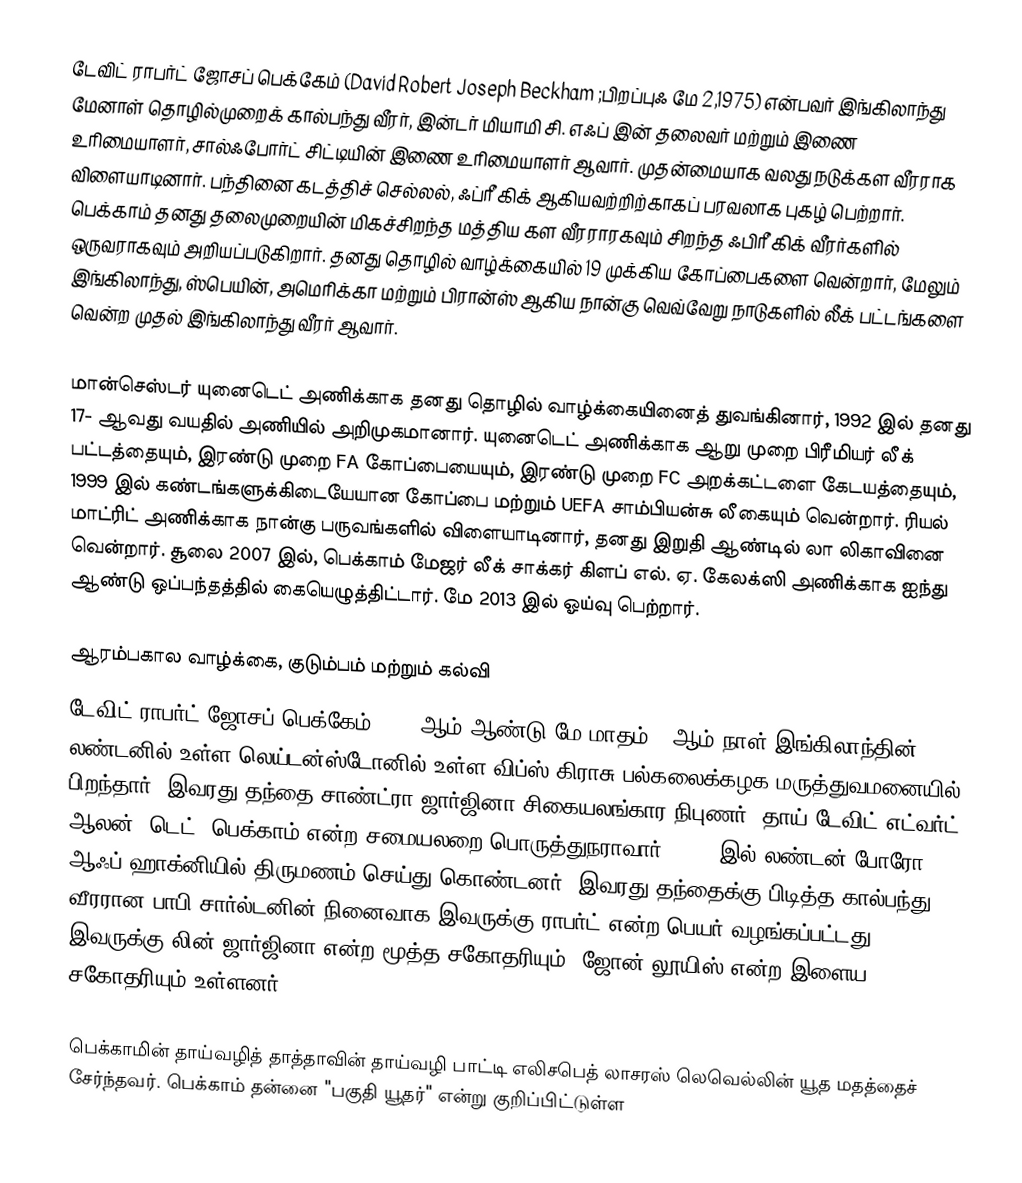
டேவிட் ராபர்ட் ஜோசப் பெக்கேம் (David Robert Joseph Beckham  ;பிறப்புஃ மே 2,1975) என்பவர் இங்கிலாந்து மேனாள் தொழில்முறைக் கால்பந்து வீரர், இன்டர் மியாமி சி. எஃப் இன் தலைவர் மற்றும் இணை உரிமையாளர், சால்ஃபோர்ட் சிட்டியின் இணை உரிமையாளர் ஆவார். முதன்மையாக வலது நடுக்கள வீரராக விளையாடினார். பந்தினை கடத்திச் செல்லல்,  ஃப்ரீ கிக்  ஆகியவற்றிற்காகப் பரவலாக புகழ் பெற்றார். பெக்காம் தனது தலைமுறையின் மிகச்சிறந்த மத்திய கள வீரராரகவும் சிறந்த ஃபிரீ கிக் வீரர்களில் ஒருவராகவும் அறியப்படுகிறார்.  தனது தொழில் வாழ்க்கையில் 19 முக்கிய கோப்பைகளை வென்றார், மேலும் இங்கிலாந்து, ஸ்பெயின், அமெரிக்கா மற்றும் பிரான்ஸ் ஆகிய நான்கு வெவ்வேறு நாடுகளில் லீக் பட்டங்களை வென்ற முதல் இங்கிலாந்து வீரர் ஆவார்.

மான்செஸ்டர் யுனைடெட் அணிக்காக தனது தொழில் வாழ்க்கையினைத் துவங்கினார், 1992 இல் தனது 17- ஆவது வயதில் அணியில் அறிமுகமானார். யுனைடெட் அணிக்காக ஆறு முறை பிரீமியர் லீக் பட்டத்தையும், இரண்டு முறை FA கோப்பையையும், இரண்டு முறை FC அறக்கட்டளை கேடயத்தையும், 1999 இல் கண்டங்களுக்கிடையேயான கோப்பை மற்றும் UEFA சாம்பியன்சு லீகையும் வென்றார். ரியல் மாட்ரிட் அணிக்காக நான்கு பருவங்களில் விளையாடினார், தனது இறுதி ஆண்டில் லா லிகாவினை வென்றார்.  சூலை 2007 இல், பெக்காம் மேஜர் லீக் சாக்கர் கிளப் எல். ஏ. கேலக்ஸி அணிக்காக ஐந்து ஆண்டு ஒப்பந்தத்தில் கையெழுத்திட்டார். மே 2013 இல் ஓய்வு பெற்றார்.

ஆரம்பகால வாழ்க்கை, குடும்பம் மற்றும் கல்வி
டேவிட் ராபர்ட் ஜோசப் பெக்கேம் 1975 ஆம் ஆண்டு மே மாதம் 2 ஆம் நாள் இங்கிலாந்தின் லண்டனில் உள்ள லெய்டன்ஸ்டோனில் உள்ள விப்ஸ் கிராசு பல்கலைக்கழக மருத்துவமனையில் பிறந்தார். இவரது தந்தை சாண்ட்ரா ஜார்ஜினா சிகையலங்கார நிபுணர், தாய் டேவிட் எட்வர்ட் ஆலன் "டெட்" பெக்காம் என்ற சமையலறை பொருத்துநராவார், 1969 இல் லண்டன் போரோ ஆஃப் ஹாக்னியில் திருமணம் செய்து கொண்டனர். இவரது தந்தைக்கு பிடித்த கால்பந்து வீரரான பாபி சார்ல்டனின் நினைவாக இவருக்கு ராபர்ட் என்ற பெயர் வழங்கப்பட்டது. இவருக்கு லின் ஜார்ஜினா என்ற மூத்த சகோதரியும், ஜோன் லூயிஸ் என்ற இளைய சகோதரியும் உள்ளனர்.

பெக்காமின் தாய்வழித் தாத்தாவின் தாய்வழி பாட்டி எலிசபெத் லாசரஸ் லெவெல்லின் யூத மதத்தைச் சேர்ந்தவர். பெக்காம் தன்னை "பகுதி யூதர்" என்று குறிப்பிட்டுள்ள